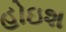
હોઇશ